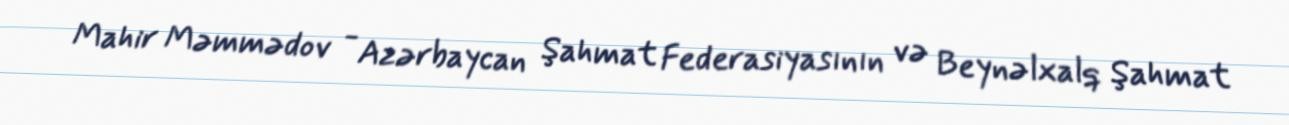
Mahir Məmmədov - Azərbaycan Şahmat Federasiyasının və Beynəlxalq Şahmat